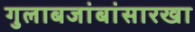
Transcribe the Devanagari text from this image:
गुलाबजांबांसारखा